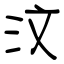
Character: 汶